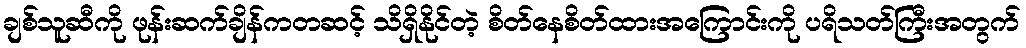
ချစ်သူဆီကို ဖုန်းဆက်ချိန်ကတဆင့် သိရှိနိုင်တဲ့ စိတ်နေစိတ်ထားအကြောင်းကို ပရိသတ်ကြီးအတွက်